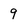
Character: 9